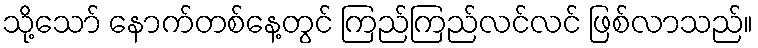
သို့သော် နောက်တစ်နေ့တွင် ကြည်ကြည်လင်လင် ဖြစ်လာသည်။